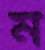
ম